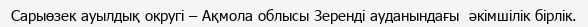
Сарыөзек ауылдық округі – Ақмола облысы Зеренді ауданындағы  әкімшілік бірлік.